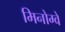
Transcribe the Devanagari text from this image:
मिनोग्वे